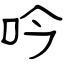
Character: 吟